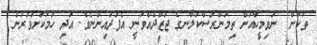
ތަކަށް  ނުވިމީހާއަށް ތިމަންރަސްކަލާނގެ ޖަޒާދެއްވަނީ އެފަދައިންނެވެ. އަދި ހަމަކަށަވަރުން